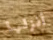
أنزلها